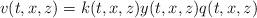
LaTeX: \begin{align*}v(t,x,z)=k(t,x,z)y(t,x,z)q(t,x,z)\end{align*}